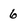
Character: 6